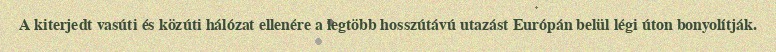
A kiterjedt vasúti és közúti hálózat ellenére a legtöbb hosszútávú utazást Európán belül légi úton bonyolítják.